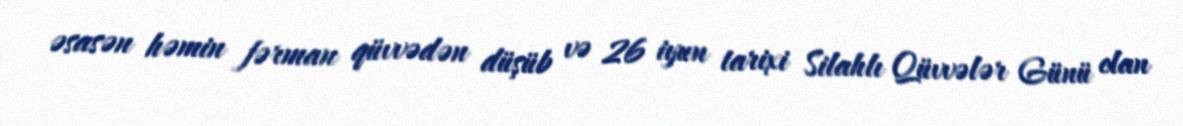
əsasən həmin fərman qüvvədən düşüb və 26 iyun tarixi Silahlı Qüvvələr Günü elan